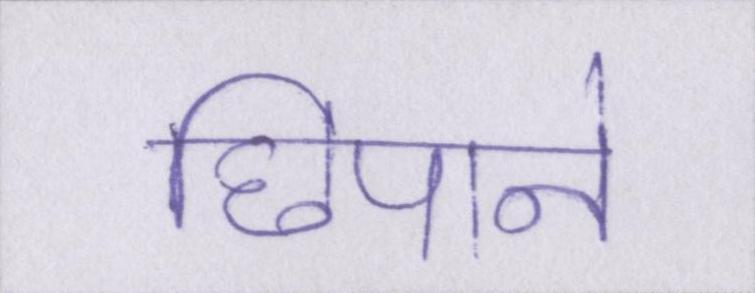
छिपाने